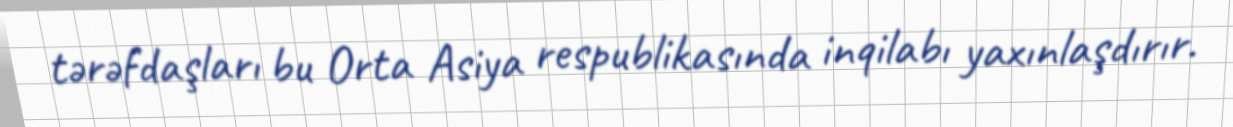
tərəfdaşları bu Orta Asiya respublikasında inqilabı yaxınlaşdırır.